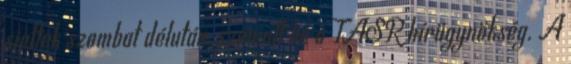
siettek szombat délután, számolt be a TASR hírügynökség. A